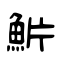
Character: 魸